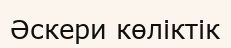
Әскери көліктік